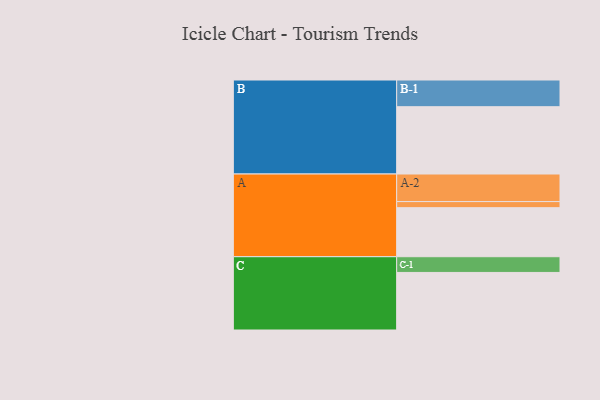
{"axis": {"x": "Segment", "y": "Value"}, "legend": ["", "A", "B", "C"], "data": [{"x": "A", "y": 402, "type": ""}, {"x": "B", "y": 552, "type": ""}, {"x": "C", "y": 472, "type": ""}, {"x": "A-1", "y": 50, "type": "A"}, {"x": "A-2", "y": 226, "type": "A"}, {"x": "B-1", "y": 219, "type": "B"}, {"x": "C-1", "y": 129, "type": "C"}]}